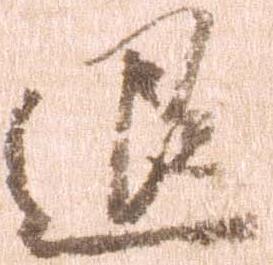
退